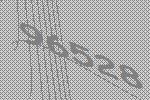
96528